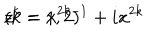
LaTeX: z ^ { k } = x ^ { 2 k - 1 } + i x ^ { 2 k } \hspace { 1 c m } ( k = 1 , 2 )